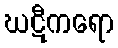
ဃဋီကရော